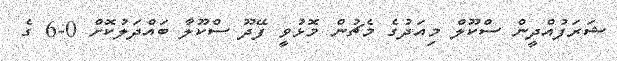
ޝަރަފުއްދީން ސްކޫލް މިއަދުގެ މެޗުން މޮޅުވީ ފޭދޫ ސްކޫލާ ބަައްދަލުކޮށް 0-6 ގެ